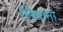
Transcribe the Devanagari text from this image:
सिधाना